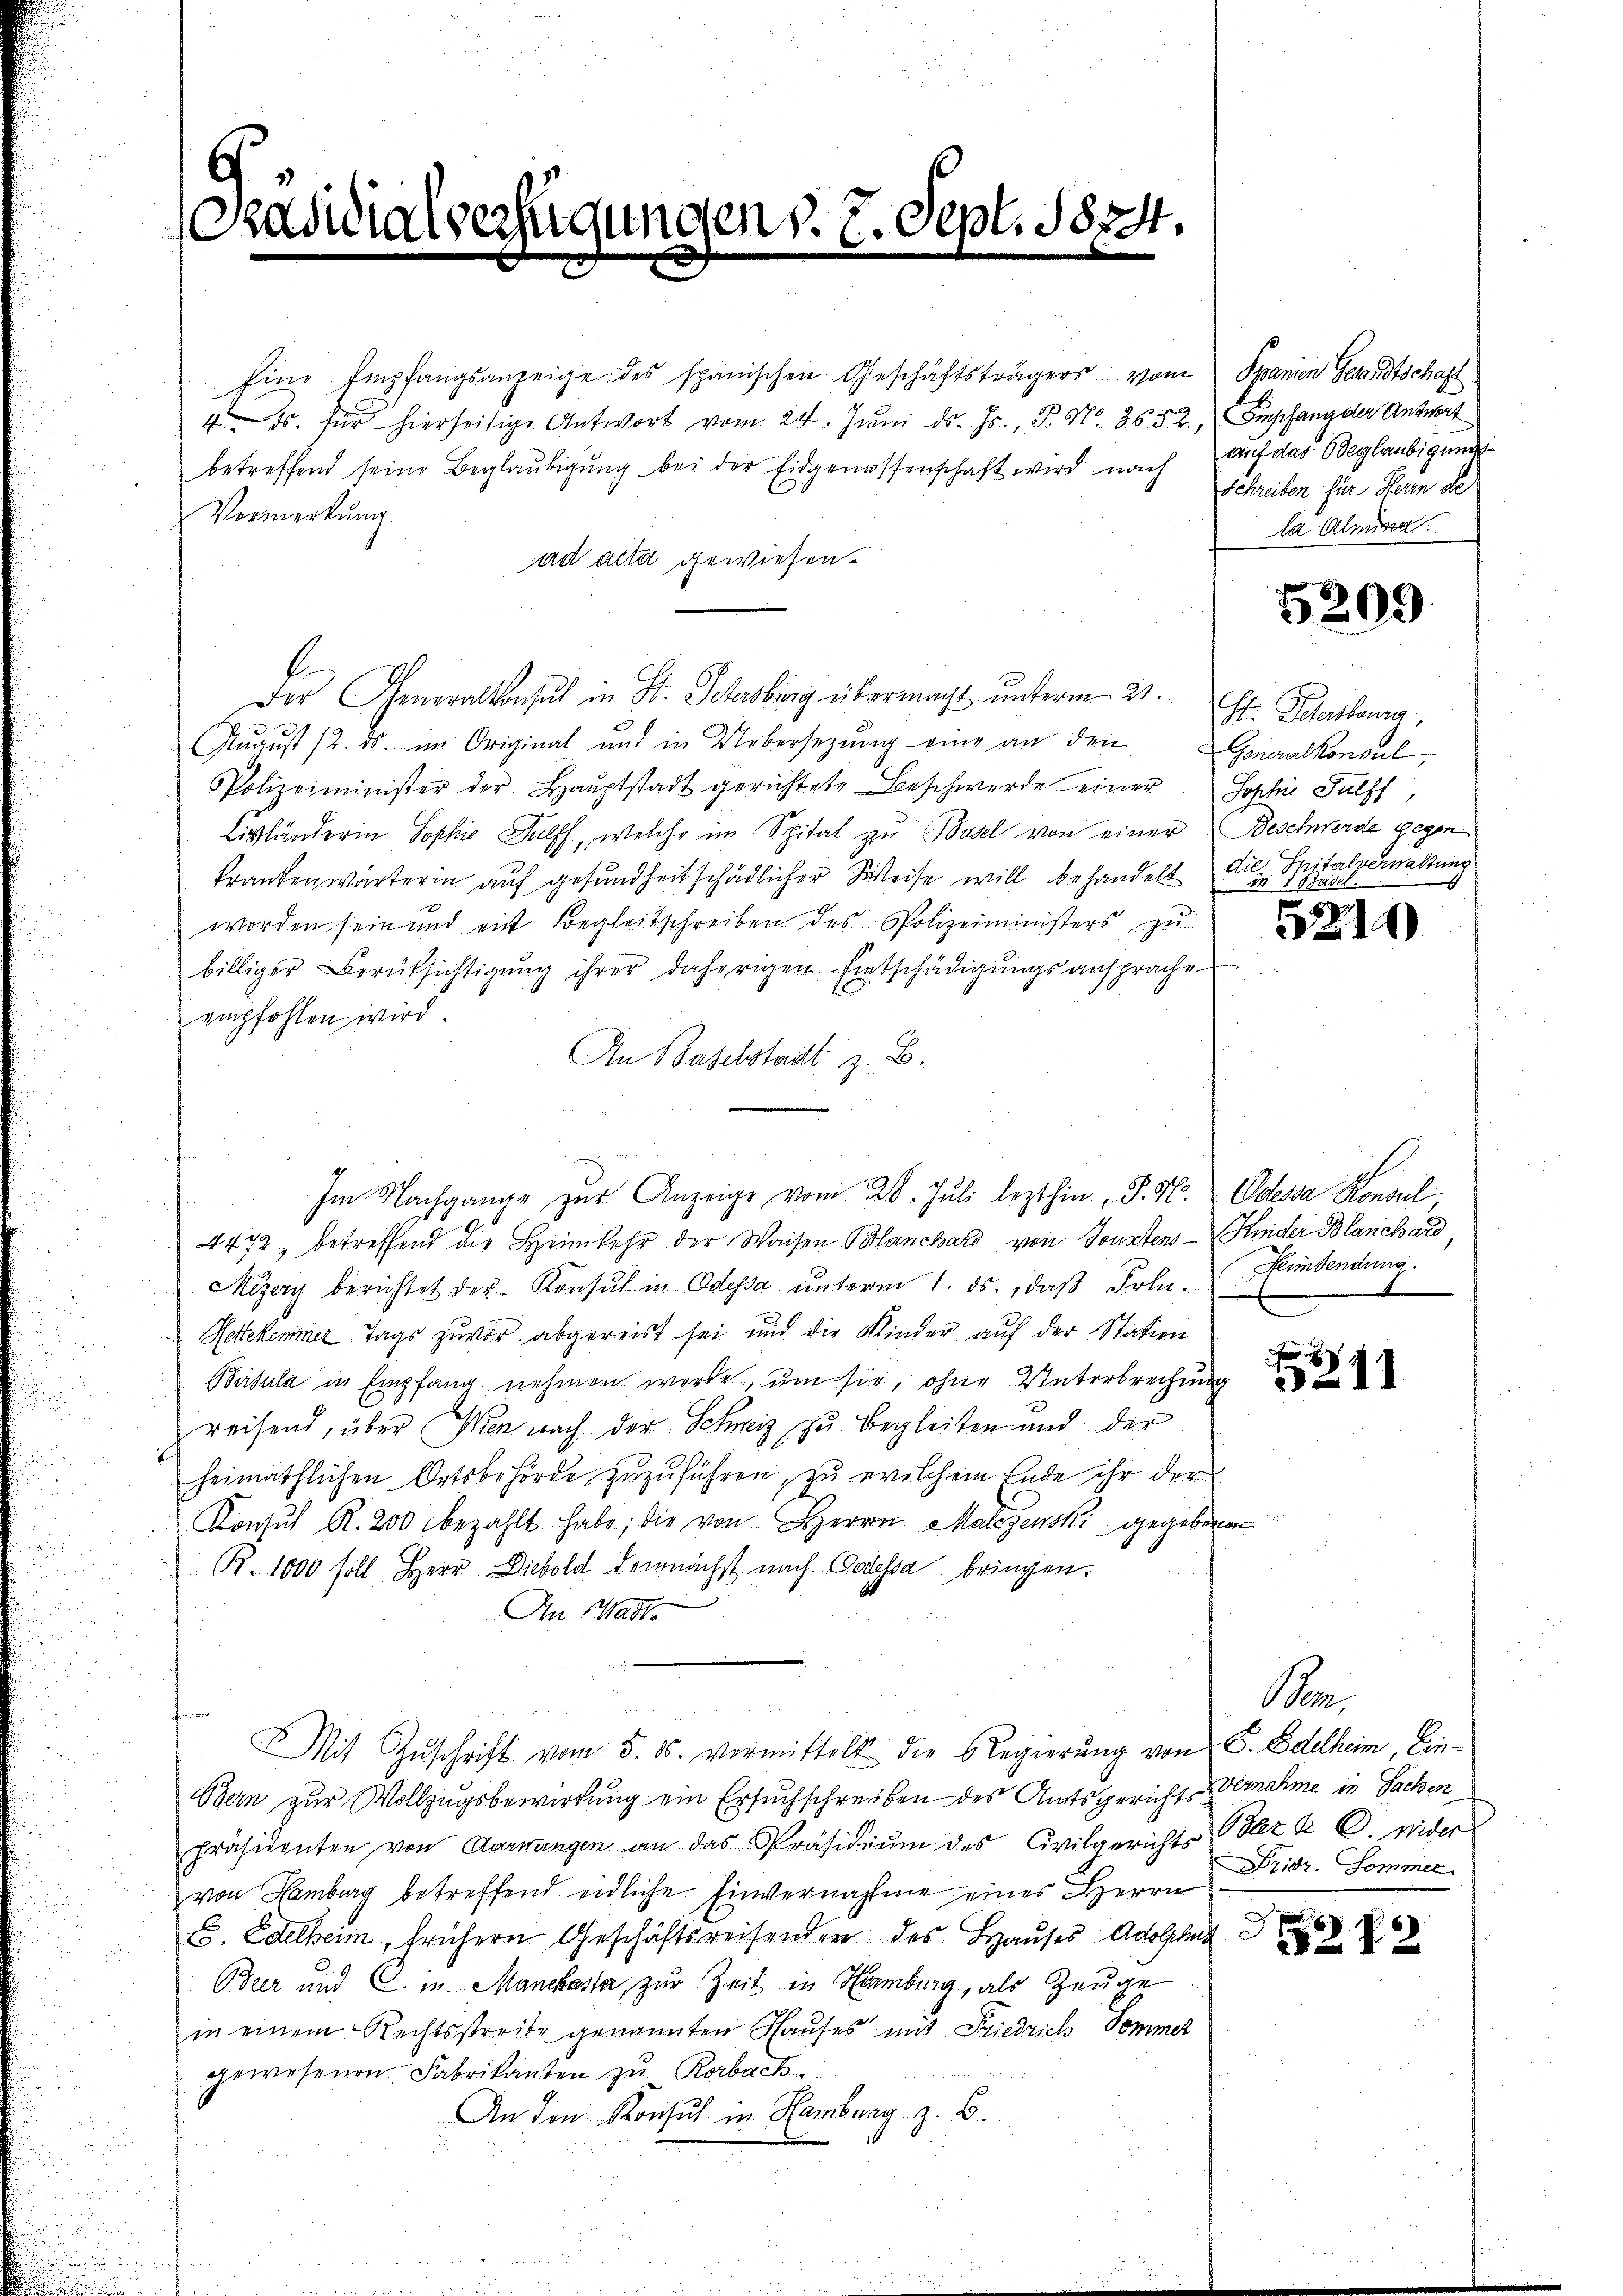
aditio

Ein Empfangsanzeige des spanischen Geschäftsträgers vom Spanien Gesandtschaft
41. für hierseitige Antwort vom 24. Jŭni d. Js., P. Nr. 3552, Empfang der Antwort
betreffend seine Beglaŭbigŭng bei der Eidgenossenschaft wird nach auf das Beglaubigungs¬
Vermerkung
ad acta gewiesen.
E
Der Generalkonsuch in St. Schersburg übermacht unterm 21. St. Paterlang,
August 12. ds. im Original und in Uebersezung eine an den
Polizeiminister der Haŭptstadt gerichtete Beschwerde einer Sophie Hülfs,
Livländerin Sophie Dulff, welche im Spital zu Basel von einer Beschwerde gegen
krankenwärterin auf gesundheitschädlicher Weise will behandelt
worden sein und mit Begleitschreiben des Polizeiministers zu
billiger Berüksichtigung ihrer daherigen Entschädigungsansprache
empfohlen wird.
An Baselstadt z. B.

4472, betreffend die Heimkehr der Waisen Blanchard von Sonstens - Kinder Blanchard
Mizey berichtet der Konsul in Odessa ŭnterm 1. ds., daβ Frln. Einsendung.
Rettekammer Tags zuvor abgereist sei und die Kinder auf der Station
Batula in Empfang nehmen werde, um sie, ohne Unterbrechung
reisend, über Wien nach der Schweiz zu Begleiten und der
heimathlichen Ortsbehörde zuzuführen, zu welchem Ende ihr der
Konsul R. 200 bezahlt habe; die von Herrn Malezenski gegeben
B. 1000 soll Herr Diebold demnächst nach Codessa bringen.
An Watt
MMit Zŭschrift vom 5. ds. vormittelt die Regierung von Sr. Edelheim, Ein¬
Bern zur Vollzugsbewirkung ein Ersuchschreiben des Amtsgericht ernahme in Sachen
präsidenten von Aarwangen an das Präsidiŭm des Civilgerichts (der K. C. wider
von Hamburg betreffend eidliche Einvernahme eines Herrn
E. Edelheim, frühern Geschäftsreisenden des Hauses Adolphi
Beer und C. in Manckaste, zur Zeit in Hamburg, als Zeuge
in einem Rechtsstreibe genannten Hauses mit Friedrich Sommer
gewesenen Fabrikanten zu Rorback
An den Konsul in Hamburg z. B.

md. 7. Sept. 1874.

Im Nachgange zur Anzeige vom 20. Juli lezthin, P. V. Odessa Konsul

Schreiben für Herin de
la Almina

5209

Generalkonsul
die Spitalverwaltung
 1 Studel.

5214)

3211

Pen¬
Dridr. Sommer

x
22